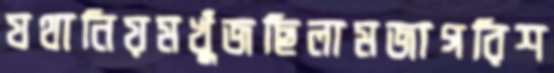
যথানিয়মখুঁজছিলামজাগরিশ